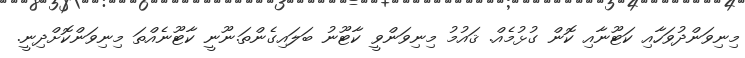
މިނިވަންދުވަހާއި ކަޓޫނާއި ކޮން ގުޅުމެއް. ޤައުމު މިނިިވަންވީ ކާޓޫނު ބަލައިގެންތަ.ނޫނީ ކާޓޫނެއްތަ މިނިވަންކޮށްދިނީ.